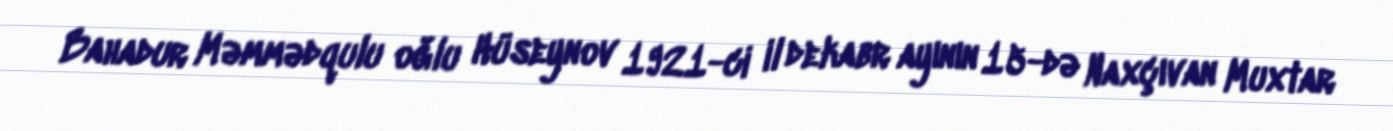
Bahadur Məmmədqulu oğlu Hüseynov 1921-ci il dekabr ayının 15-də Naxçıvan Muxtar